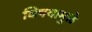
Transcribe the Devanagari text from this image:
विषयामुळे